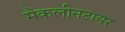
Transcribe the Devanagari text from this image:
मैकलीनटायर